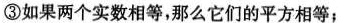
③如果两个实数相等，那么它们的平方相等；